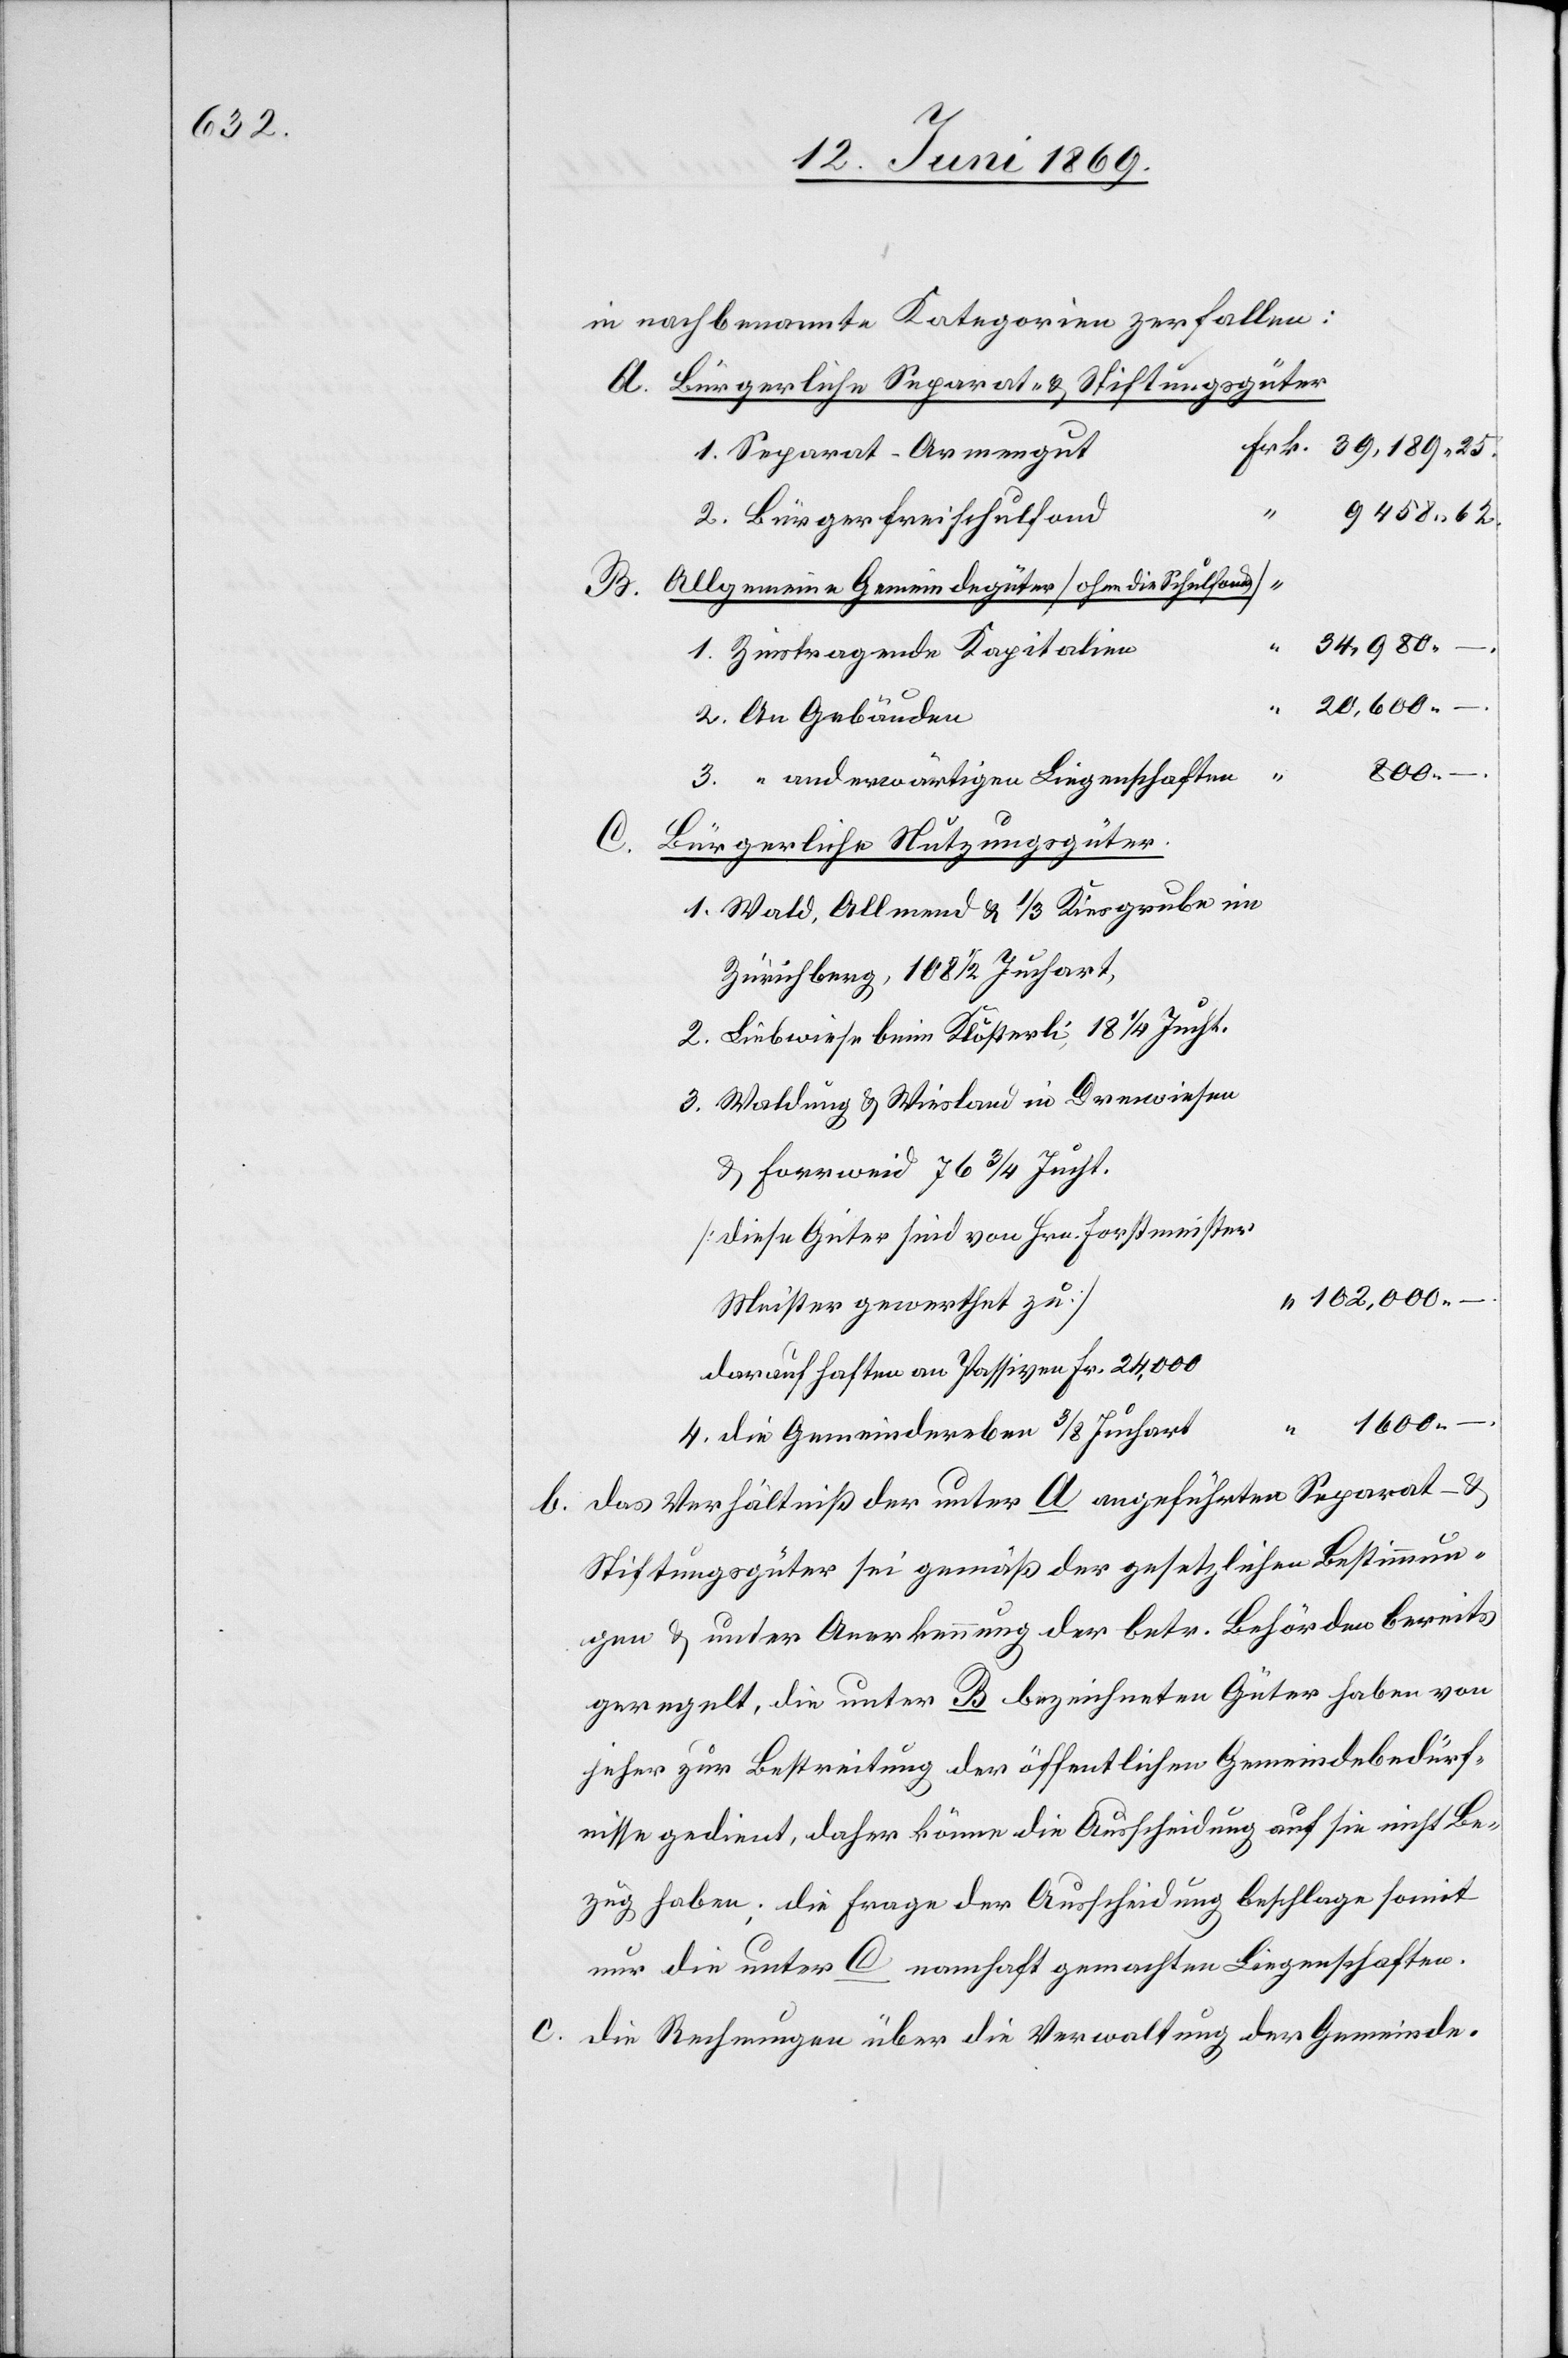
in nachbenannte Kategorien zerfallen:
A. Bürgerliche Separat- u. Stiftungsgüter
1. Separat-Armengut
9458 62
2. Bürgerfreischulfond
B. Allgemeine Gemeindgüter [ohne die Schulfond]
34,980 –
1. Zinstragende Kapitalien
“
“
20,600 –
2. An Gebäuden
25
3. “ anderweitigen Liegenschaften
“
C.
Bürgerlicher Nutzungsgüter.
1. Wald, Allmend u. 1/3 Kiesgrube im
Zürichberg, 108 1/2 Juchart,
2. Liebwiese beim Klösterli, 18 1/4 Jucht.
3. Waldung u. Wiesland in Drenwiesen
u. Forrweid 76 3/4 Jucht.
[diese Güter sind von Hrn. Forstmeister
102,000 –
Meister gewerthet zu]
darauf haften an Passiven Fr. 24,000
4. Die Gemeindereben 3/8 Jucharten
b. Das Verhältniß der unter A angeführten Separat- u.
Stiftungsgüter sei gemäß der gesetzlichen Bestimmun¬
gen u. unter Anerkennung der betr. Behörden bereits
geregelt, die unter B. bezeichneten Güter haben von
jeher zur Bestreitung der öffentlichen Gemeindebedürf¬
nisse gedient, daher könne die Ausscheidung auf sie nicht Be¬
zug haben; die Frage der Ausscheidung beschlage somit
nur die unter C. namhaft gemachten Liegenschaften.
Die Rechnungen über die Verwaltung der Gemeinde-